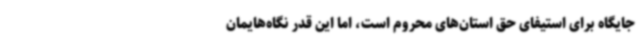
جایگاه برای استیفای حق استان‌های محروم است، اما این قدر نگاه‌هایمان